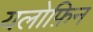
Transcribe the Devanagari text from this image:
यलोफ़िन